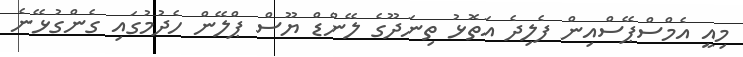
މިއީ އެމްސްޕޭސްއިން ފެލިދެ އަތޮޅު ތިނަދޫގެ ލޭންޑް ޔޫސް ޕްލޭން ހެދުމުގައި ގެންގުޅޭނެ